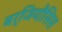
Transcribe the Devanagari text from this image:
बर्जियौसिस